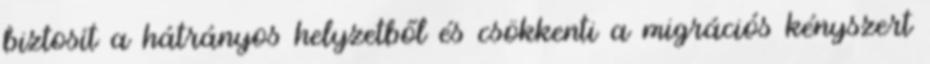
biztosít a hátrányos helyzetből és csökkenti a migrációs kényszert